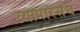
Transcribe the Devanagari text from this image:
व्यापारसंघ